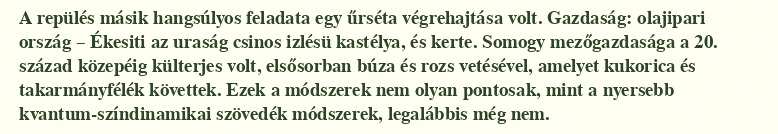
A repülés másik hangsúlyos feladata egy űrséta végrehajtása volt. Gazdaság: olajipari ország – Ékesiti az uraság csinos izlésü kastélya, és kerte. Somogy mezőgazdasága a 20. század közepéig külterjes volt, elsősorban búza és rozs vetésével, amelyet kukorica és takarmányfélék követtek. Ezek a módszerek nem olyan pontosak, mint a nyersebb kvantum-színdinamikai szövedék módszerek, legalábbis még nem.